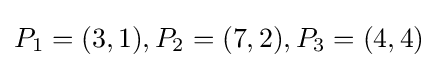
P_{1}=(3,1),P_{2}=(7,2),P_{3}=(4,4)